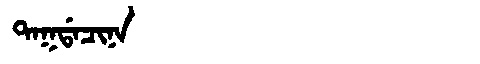
Manchu: ᡨᠠᡴᡩᠠᠴᡳᠨᠠ
Romanization: TAKDACINA